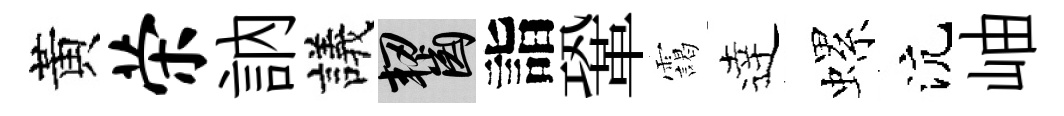
黃荣訥議齧詣鞏靄逹螺沆岫